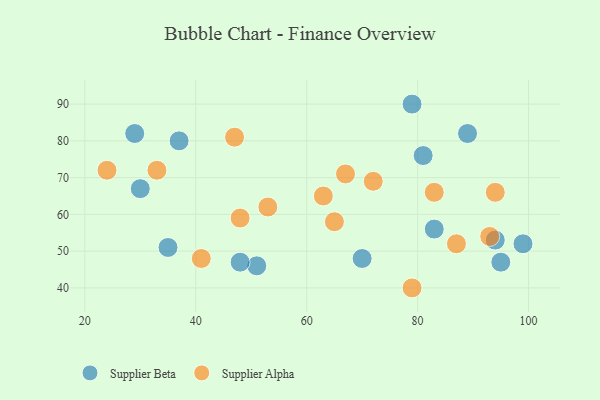
{"axis": {"x": "GDP", "y": "Life Expectancy"}, "legend": ["Supplier Alpha", "Supplier Beta"], "data": [{"x": "70", "y": 48, "type": "Supplier Beta"}, {"x": "37", "y": 80, "type": "Supplier Beta"}, {"x": "51", "y": 46, "type": "Supplier Beta"}, {"x": "99", "y": 52, "type": "Supplier Beta"}, {"x": "81", "y": 76, "type": "Supplier Beta"}, {"x": "89", "y": 82, "type": "Supplier Beta"}, {"x": "95", "y": 47, "type": "Supplier Beta"}, {"x": "29", "y": 82, "type": "Supplier Beta"}, {"x": "83", "y": 56, "type": "Supplier Beta"}, {"x": "48", "y": 47, "type": "Supplier Beta"}, {"x": "30", "y": 67, "type": "Supplier Beta"}, {"x": "94", "y": 53, "type": "Supplier Beta"}, {"x": "79", "y": 90, "type": "Supplier Beta"}, {"x": "35", "y": 51, "type": "Supplier Beta"}, {"x": "94", "y": 66, "type": "Supplier Alpha"}, {"x": "53", "y": 62, "type": "Supplier Alpha"}, {"x": "72", "y": 69, "type": "Supplier Alpha"}, {"x": "47", "y": 81, "type": "Supplier Alpha"}, {"x": "83", "y": 66, "type": "Supplier Alpha"}, {"x": "48", "y": 59, "type": "Supplier Alpha"}, {"x": "65", "y": 58, "type": "Supplier Alpha"}, {"x": "24", "y": 72, "type": "Supplier Alpha"}, {"x": "79", "y": 40, "type": "Supplier Alpha"}, {"x": "63", "y": 65, "type": "Supplier Alpha"}, {"x": "93", "y": 54, "type": "Supplier Alpha"}, {"x": "41", "y": 48, "type": "Supplier Alpha"}, {"x": "33", "y": 72, "type": "Supplier Alpha"}, {"x": "67", "y": 71, "type": "Supplier Alpha"}, {"x": "87", "y": 52, "type": "Supplier Alpha"}]}